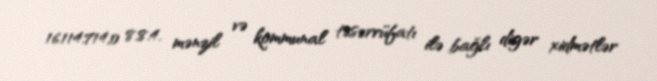
16.114.714,0 8.8.4. mənzil və kommunal təsərrüfatı ilə bağlı digər xidmətlər